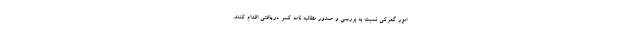
امور گمرکی نسبت به بررسی و صدور مطالبه نامه کسر دریافتی اقدام کنند.